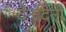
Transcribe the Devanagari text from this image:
दैनदिनी